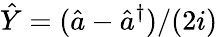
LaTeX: \hat{Y}=(\hat{a}-\hat{a}^{\dagger})/(2i)